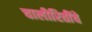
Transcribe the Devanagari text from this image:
चालीरितींचे